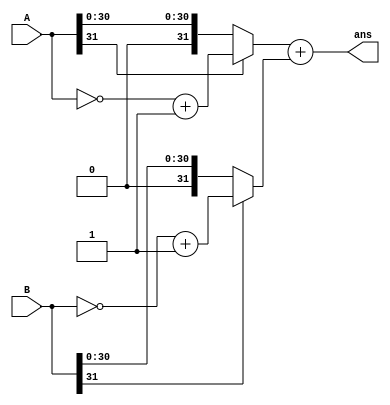
`define IMG_OFFSET   16384
`define IMG_SIZE 262144
`define THERHOLD 175
module abs (input[31:0] A,
			input[31:0] B, 
			output[31:0] ans);
	wire[31:0] a = (A[31])?(~A[31:0]+1):A;
	wire[31:0] b = (B[31])?(~B[31:0]+1):B;
	assign ans = a+b;

endmodule
module SOBEL(
input             clk, resetn,
	input             pcpi_valid,
	input      [31:0] pcpi_insn,
	input      [31:0] pcpi_rs1,
	input      [31:0] pcpi_rs2,
	output            pcpi_wr,
	output     [31:0] pcpi_rd,
	output            pcpi_wait,
	output            pcpi_ready,
	//memory interface
	input      [31:0] mem_rdata,
	input             mem_ready,
	output reg            mem_valid,
	output            mem_write,
	output     [31:0] mem_addr,
	output     [31:0] mem_wdata
);


	wire pcpi_insn_valid = pcpi_valid && pcpi_insn[6:0] == 7'b0101011 && pcpi_insn[31:25] == 7'b0000001;


	
	parameter IDLE = 4'b0000, READ_DATA1=4'b0001,READ_DATA2=4'b0010,READ_DATA3=4'b0011,CALC=4'b0100,DONE=4'b0101;
	reg[3:0] state,next_state;
    reg signed[31:0] data[0:8];
	reg signed[31:0] next_data[0:8];
	reg signed[31:0] answer/*,next_answer*/;
	wire [31:0]next_answer;
	reg signed[31:0] edge_detect,next_edge_detect;
	reg signed[31:0] edge_detect_v,next_edge_detect_v;
	reg[31:0] addr,next_addr;
	reg[31:0] counter,next_counter;
	reg[8:0] row,next_row,col,next_col;
	reg out_0;
	reg[31:0] test,next_test;
	parameter signed X1 = 8'hff, X2 = 8'h00, X3 = 8'h01;
	parameter signed X4 = 8'hfe, X5 = 8'h00, X6 = 8'h02;
	parameter signed X7 = 8'hff, X8 = 8'h00, X9 = 8'h01;

	parameter signed Y1 = 8'hff, Y2 = 8'hfe, Y3 = 8'hff;
	parameter signed Y4 = 8'h00, Y5 = 8'h00, Y6 = 8'h00;
	parameter signed Y7 = 8'h01, Y8 = 8'h02, Y9 = 8'h01;	
	
	parameter signed Z1 = 8'hff, Z2 = 8'hff, Z3 = 8'hff;
	parameter signed Z4 = 8'hff, Z5 = 8'h08, Z6 = 8'hff;
	parameter signed Z7 = 8'hff, Z8 = 8'hff, Z9 = 8'hff;
		//TODO: PCPI interface. Modify these values to fit your needs
	assign pcpi_wr = 0;
	assign pcpi_wait = (state == DONE)?0:1;
	assign pcpi_ready = (state == DONE)?pcpi_insn_valid:0;
	assign pcpi_rd = (state == DONE)?answer:0;
	
	//TODO: Memory interface. Modify these values to fit your needs
	assign mem_write = 0;
	assign mem_addr = (mem_valid)?(next_addr+`IMG_OFFSET+next_test*`IMG_SIZE)<<2:0;
	assign mem_wdata = 0;
	integer i;
	integer image_out;
	integer edge_detect_out;
	integer edge_detect_v_out;
	/*initial begin
		image_out = $fopen("image_out.bin", "wb");
		edge_detect_out = $fopen("compare_out.bin", "wb");
	end*/
	/*sqrt #(32) s(clk,
				data[0]*X1+data[1]*X2+data[2]*X3+data[3]*X4+data[4]*X5+data[5]*X6+data[6]*X7+data[7]*X8+data[8]*X9,
				data[0]*Y1+data[1]*Y2+data[2]*Y3+data[3]*Y4+data[4]*Y5+data[5]*Y6+data[6]*Y7+data[7]*Y8+data[8]*Y9,
				next_answer);*/
		abs a(next_edge_detect,
			next_edge_detect_v,
			next_answer);
	always@(posedge clk or negedge resetn)begin
		if(!resetn)begin
			state <= IDLE;
			addr <= 0;
			answer <= 0;
			edge_detect <= 0;
			edge_detect_v <= 0;
			row <= 0;
			col <= 0;
			counter <=0;
			test<=0;
			for(i=0;i<9;i=i+1)begin
				data[i] <= 8'hff;
			end
		end
		else begin
			state <= next_state;
			addr <= next_addr;
			if(!out_0)
				answer <= (next_answer>`THERHOLD)?next_answer:32'd0/*next_answer*/;
			else 
				answer <= 0;
			row <= next_row;
			col <= next_col;
			test <= next_test;
			counter <= next_counter;
			edge_detect <= /*next_edge_detect*/(next_edge_detect>50)?255:0;
			edge_detect_v <= /*next_edge_detect*/(next_edge_detect_v>50)?255:0;
			for(i=0;i<9;i=i+1)begin
				data[i] <= next_data[i];
			end
		end
	end
	
	always@(*)begin
		for(i=0;i<9;i=i+1)begin
			next_data[i] = data[i];
		end
		next_addr = 0;
		//next_answer = answer;
		next_state = state;
		mem_valid = 0;
		next_row = row;
		next_col = col;
		next_counter = counter;
		out_0 = 0;
		next_edge_detect = edge_detect;
		next_edge_detect_v = edge_detect_v;
		next_test = test;
		case(state)
			IDLE:begin
			//$display("IDLE");
				if(pcpi_insn_valid)begin
					next_state = READ_DATA1;
					mem_valid = 1;
					next_test = pcpi_rs1;
					if(pcpi_rs2[8:0] == 0||pcpi_rs2[17:9] == 0)begin
						//next_answer = 0;
						out_0 = 1;
						next_state = DONE;
						next_edge_detect = 0;
						next_edge_detect_v = 0;
					end
					else if(pcpi_rs2[8:0] == 1)begin
						next_row = pcpi_rs2[17:9];
						next_col = pcpi_rs2[8:0] - 1;
						next_addr = {pcpi_rs2[17:9]-9'd1,pcpi_rs2[8:0]-9'd1};
					end
					else begin
						next_row = pcpi_rs2[17:9];
						next_col = pcpi_rs2[8:0] + 1;
						next_addr = {pcpi_rs2[17:9]-9'd1,pcpi_rs2[8:0]+9'd1};
					end
					
				end
			end
			READ_DATA1:begin
			//shift data
				next_data[0] = data[1];
				next_data[1] = data[2];
				next_data[3] = data[4];
				next_data[4] = data[5];
				next_data[6] = data[7];
				next_data[7] = data[8];
			//get the first data
				next_data[2] = mem_rdata;
				mem_valid = 1;
				next_row = row + 9'd1;
				next_addr = {14'd0, row,col};
				next_state = READ_DATA2;
			end
			READ_DATA2:begin
				next_data[5] = mem_rdata;
				mem_valid = 1;
				next_row = row + 9'd1;
				next_addr = {14'd0, row,col};
				next_state = READ_DATA3;
			end
			READ_DATA3:begin
				next_data[8] = mem_rdata;
				mem_valid = 1;
				if(col <=1)begin
					next_row = row - 9'd2;
					next_col = col+1;
					next_addr = {14'd0, row,col};
					next_state = READ_DATA1;
				end
				else begin
					next_state = CALC;
				end
			end
			CALC:begin
				next_edge_detect = data[0]*X1+data[2]+data[3]*X4+data[5]*X6+data[6]*X7+data[8]*X9;/*(~((data[0]+data[1]+data[2]+data[3]+data[5]+data[6]+data[7]+data[8])>>1))+1+(data[4]<<2);*/
				next_edge_detect_v = data[0]*Y1+data[1]*Y2+data[2]*Y3+data[6]*Y7+data[7]*Y8+data[8]*Y9;
				next_state = DONE;
			end
			DONE:begin
			//$display("DONE");
				next_counter = counter + 1;
				if(counter == 0) begin
					image_out = $fopen("image_out.bin", "wb");
					edge_detect_out = $fopen("compare_out.bin", "wb");
					edge_detect_v_out = $fopen("compare_out_v.bin", "wb");
					$fwrite(image_out, "%c", answer);
					$fwrite(edge_detect_out, "%c", edge_detect);
					$fwrite(edge_detect_v_out, "%c", edge_detect_v);
				end
				else if(counter < (`IMG_SIZE<<1)-1)begin
					$fwrite(image_out, "%c", answer);
					$fwrite(edge_detect_out, "%c", edge_detect);
					$fwrite(edge_detect_v_out, "%c", edge_detect_v);
				end
				else begin
					next_counter = 0;
					$fwrite(image_out, "%c", answer);
					$fwrite(edge_detect_out, "%c", edge_detect);
					$fwrite(edge_detect_v_out, "%c", edge_detect_v);
					$fclose(image_out);
					$fclose(edge_detect_out);
					$fclose(edge_detect_v_out);
				end 
				
				next_state = IDLE;
			end
			default:begin
				next_state = IDLE;
			end
		endcase
	
	end
	
endmodule